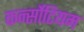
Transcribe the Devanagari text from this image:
कर्न्सोटियम